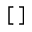
[ \, ]